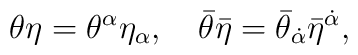
\theta \eta = \theta^{\alpha} \eta_{\alpha}, \quad \bar{\theta} \bar{\eta} =     \bar{\theta}_{\dot{\alpha}} \bar{\eta}^{\dot{\alpha}},